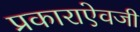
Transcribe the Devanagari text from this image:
प्रकाराऐवजी